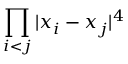
\displaystyle { \prod _ { i < j } | x _ { i } - x _ { j } | ^ { 4 } }